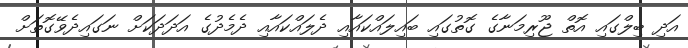
އަދި ބިލްގައި އޮތް ޖޫރިމަނާގެ ގޮތުގައި ބައިލައްކައާއި ދެލައްކައާއި ދެމެދުގެ އަދަދަކަށް ނަގައިދެވޭގޮތަށް